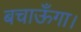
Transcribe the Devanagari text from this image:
बचाऊँगा।